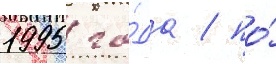
1995 го́да / по́